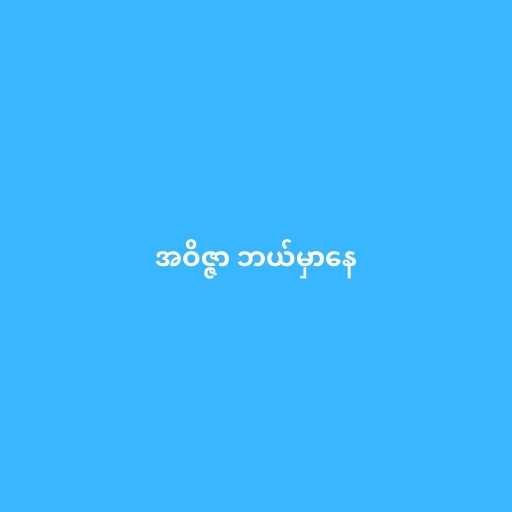
အဝိဇ္ဇာ ဘယ်မှာနေ